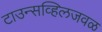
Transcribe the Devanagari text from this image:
टाउन्सव्हिलजवळ